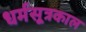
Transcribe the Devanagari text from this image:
धर्मसूत्रकाल